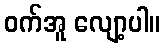
ဝက်အူ လျော့ပါ။